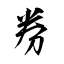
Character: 券